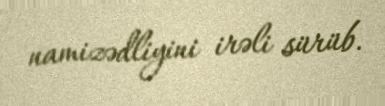
namizədliyini irəli sürüb.